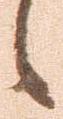
候